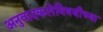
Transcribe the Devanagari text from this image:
अनुवादकलेविषयीच्या